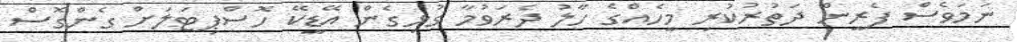
ނަމަވެސް ފެރީން ދަތުރުކުރި މީހެއްގެ ހާލު ދެރަވުމާ ގުޅިގެން އޭޑީކޭ ހޮސްޕިޓަލަށް ގެންގޮސް